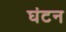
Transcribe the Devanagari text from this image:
घंटन